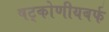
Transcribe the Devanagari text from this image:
षट्कोणीयबर्फ